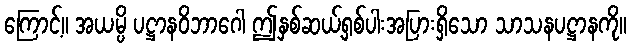
ကြောင့်။ အယမ္ပိ ပဋ္ဌာနဝိဘာဂေါ ဤနှစ်ဆယ့်ရှစ်ပါးအပြားရှိသော သာသနပဋ္ဌာနကို။